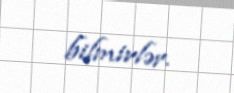
bilmirlər.